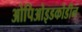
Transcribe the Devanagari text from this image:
ओपिओइडकोडीन